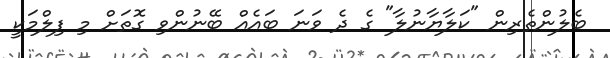
ބެލުންތެރިން "ކަލާޔާނުލާ" ގެ ދެ ވަނަ ބައެއް ބޭނުންވި ގޮތަށް މި ފިލްމަކީ